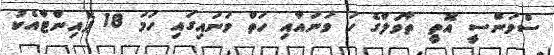
ސްވަންސީ އޮތީ ތާވަލްގެ ހަ ވަނައާއި ހަތް ވަނައިގައި ހަމަ 18 ޕޮއިންޓާއެކު